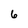
Character: 6